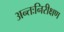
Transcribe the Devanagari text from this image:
अन्तःनिरीक्षण